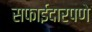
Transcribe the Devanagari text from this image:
सफाईदारपणे